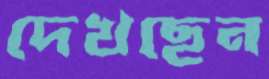
দেখছেন